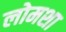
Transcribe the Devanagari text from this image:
लोमशा